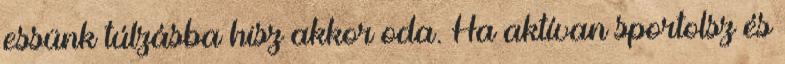
essünk túlzásba hisz akkor oda. Ha aktívan sportolsz és